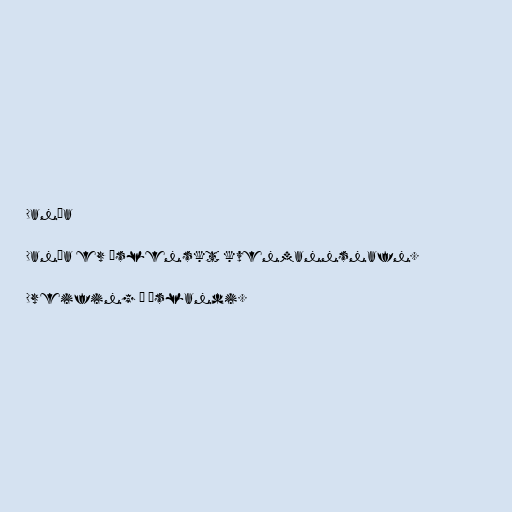
Danía

Danía er íslenskt kvenmannsnafn.

Dreifing á Íslandi.